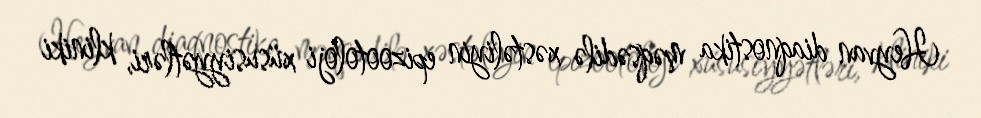
Heyvan diaqnostika məqsədilə xəstəliyin epizootoloji xüsusiyyətləri, kliniki